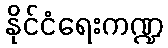
နိုင်ငံရေးကဏ္ဍ